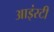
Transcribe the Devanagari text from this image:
आइंस्टी